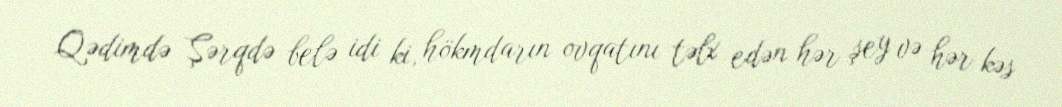
Qədimdə Şərqdə belə idi ki, hökmdarın ovqatını təlx edən hər şey və hər kəs